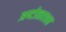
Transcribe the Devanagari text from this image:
अष्‍टोत्‍तरशत